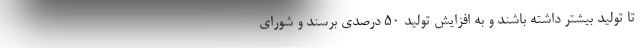
تا تولید بیشتر داشته باشند و به افزایش تولید ۵۰ درصدی برسند و شورای